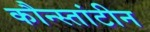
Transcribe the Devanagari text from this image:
कौन्स्तांटीन